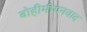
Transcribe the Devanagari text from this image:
बोहीमीयनवाद